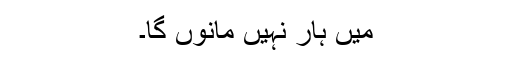
میں ہار نہیں مانوں گا۔